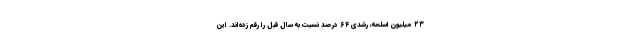
۲۳ میلیون اسلحه، رشدی ۶۴ درصد نسبت به سال قبل را رقم زده‌اند. این